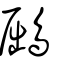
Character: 鶌